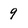
Character: 9